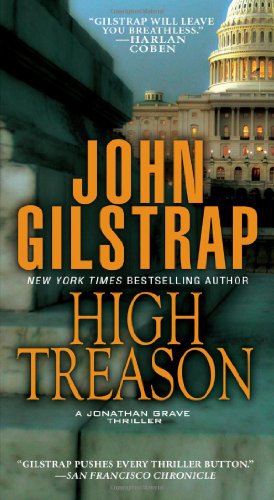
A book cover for High Treason (Jonathan Grave); John Gilstrap; Mystery, Thriller & Suspense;